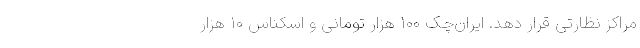
مراکز نظارتی قرار دهد. ایران‌چک ۱۰۰ هزار تومانی و اسکناس ۱۰ هزار